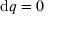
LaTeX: \mathrm { d } q = 0